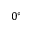
0 ^ { \circ }